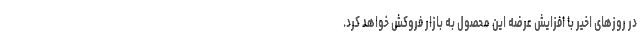
در روزهای اخیر با افزایش عرضه این محصول به بازار فروکش خواهد کرد.